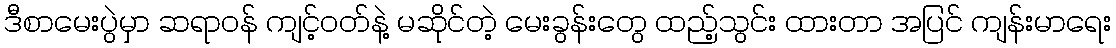
ဒီစာမေးပွဲမှာ ဆရာဝန် ကျင့်ဝတ်နဲ့ မဆိုင်တဲ့ မေးခွန်းတွေ ထည့်သွင်း ထားတာ အပြင် ကျန်းမာရေး